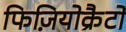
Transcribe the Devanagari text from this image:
फिज़ियोक्रैटों